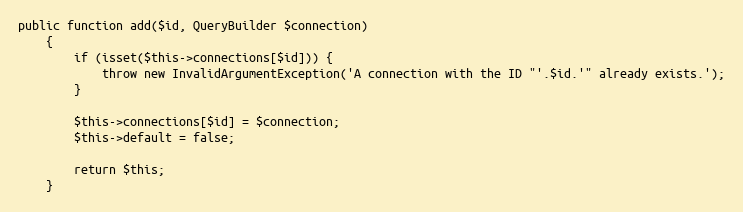
Language: PHP
public function add($id, QueryBuilder $connection)
    {
        if (isset($this->connections[$id])) {
            throw new InvalidArgumentException('A connection with the ID "'.$id.'" already exists.');
        }

        $this->connections[$id] = $connection;
        $this->default = false;

        return $this;
    }